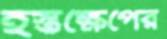
হস্তক্ষেপের